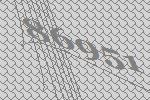
86951